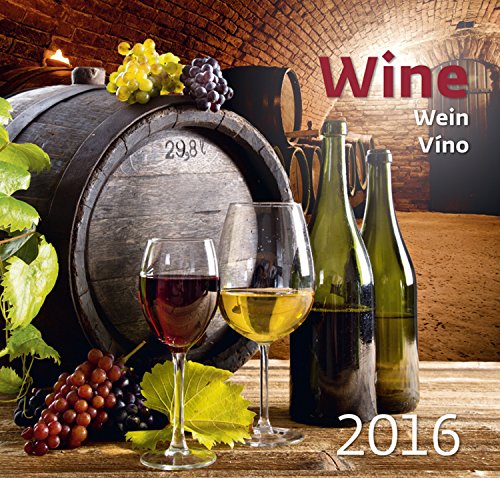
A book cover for Wine Wall Calendar 2016 -Vino Calendar - Gourmet Calendar - Poster Calendar - Food & Drink Calendar By Helma; MegaCalendars; Calendars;